Subject: math
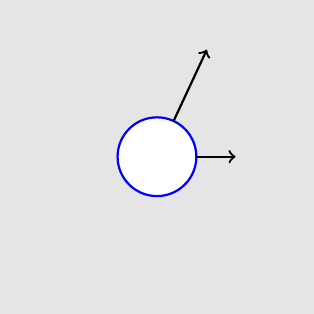
LaTeX code:
    \centering\begin{tikzpicture}
    \draw[white,fill=white!90!black] (-2,-2) rectangle (2,2);
    \draw[thick,blue,fill=white] (0,0) circle (0.5);
    \draw[->,thick] (0.5,0)--(1,0);
    \draw[->,thick] (65:0.5) -- (65:1.5);
    \end{tikzpicture}